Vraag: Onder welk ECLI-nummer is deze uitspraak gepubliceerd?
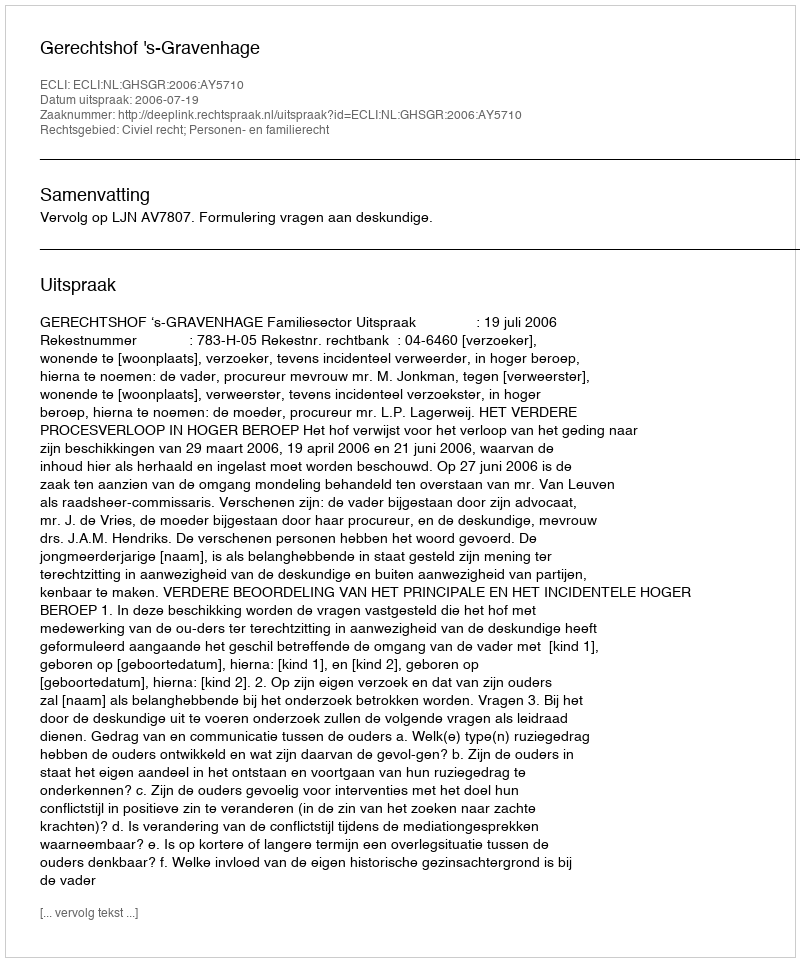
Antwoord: ECLI:NL:GHSGR:2006:AY5710